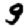
Digit: 9